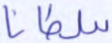
سلطانا